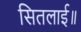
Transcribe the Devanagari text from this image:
सितलाई॥